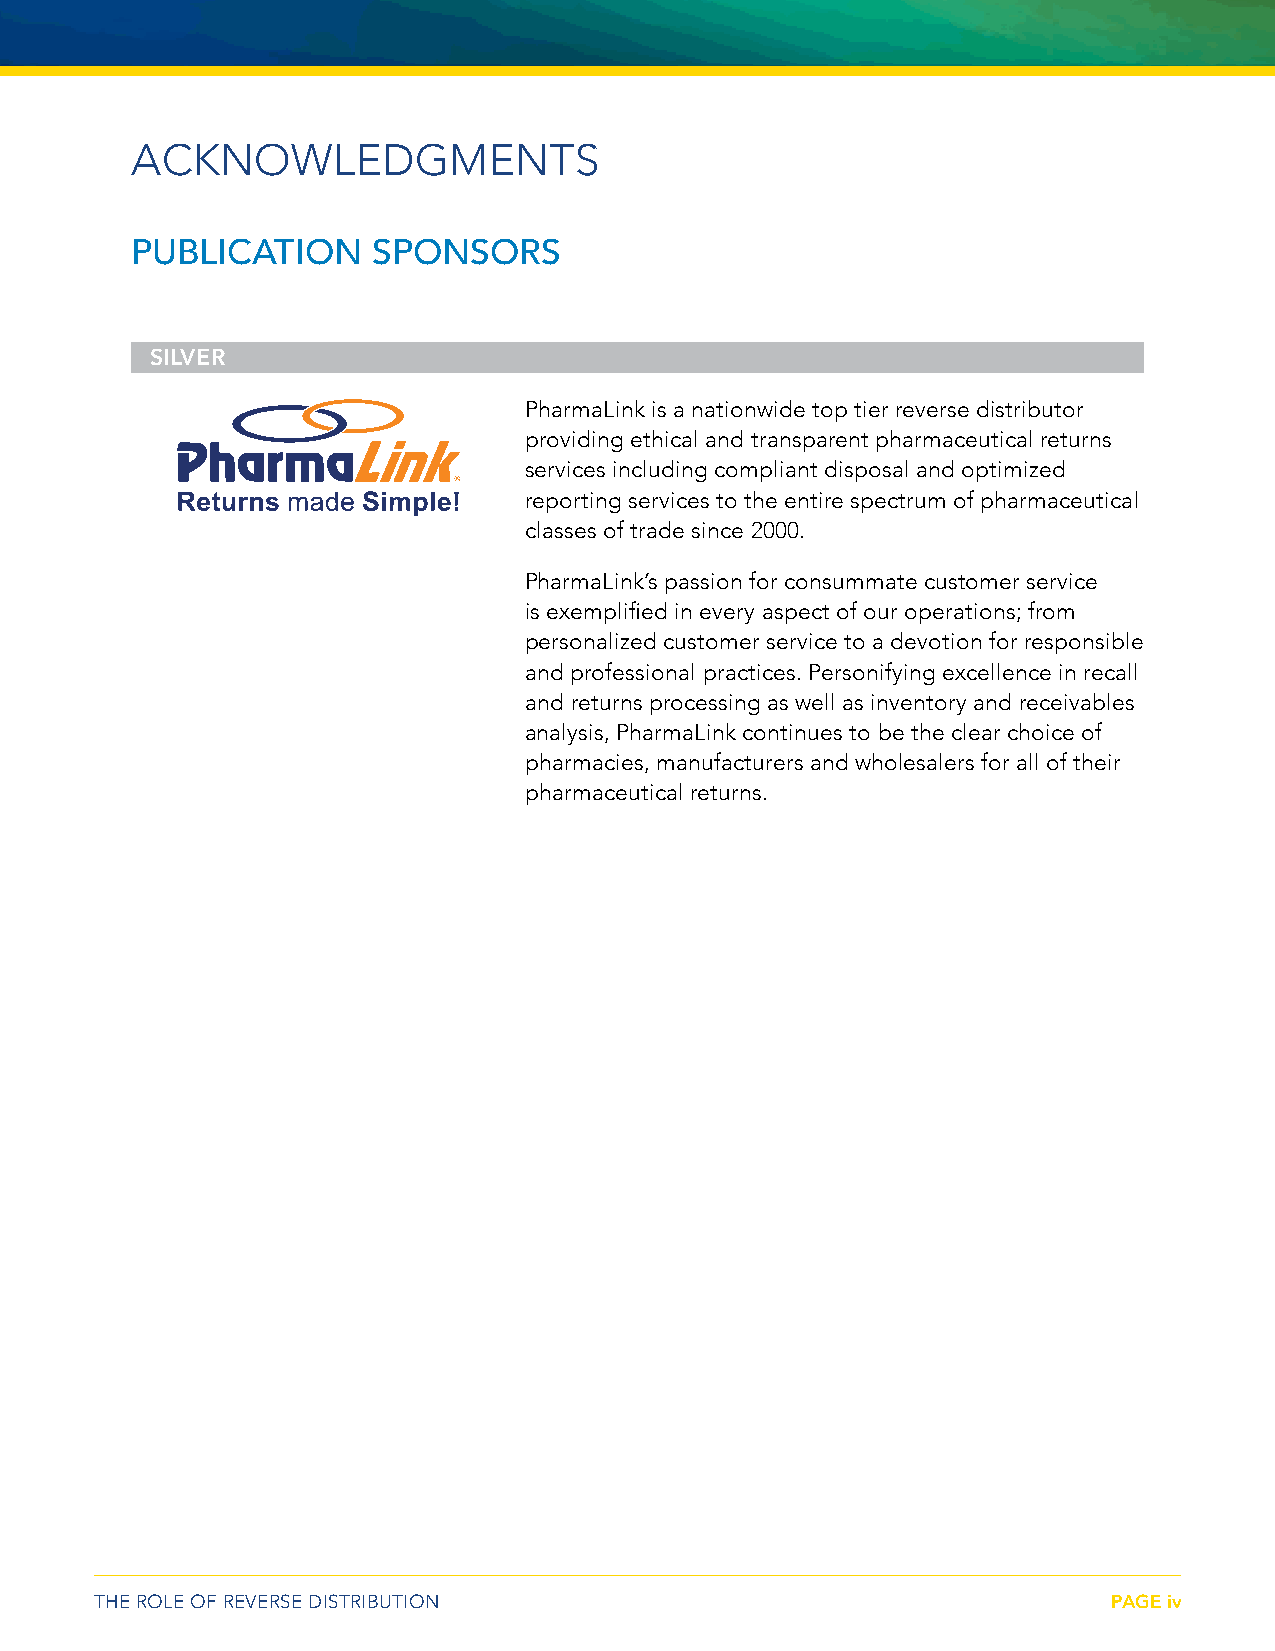
ACKNOWLEDGMENTS
 PUBLICATION     SPONSORS
 SILVER
 PharmaLink is a nationwide top tier reverse distributor
 providing ethical and transparent pharmaceutical returns
 services including compliant disposal and optimized
 reporting services to the entire spectrum of pharmaceutical
 classes of trade since 2000.
 PharmaLink’s passion for consummate customer service
 is exemplified in every aspect of our operations; from
 personalized customer service to a devotion for responsible
 and professional practices. Personifying excellence in recall
 and returns processing as well as inventory and receivables
 analysis, PharmaLink continues to be the clear choice of
 pharmacies, manufacturers and wholesalers for all of their
 pharmaceutical returns.
 THE ROLE OF REVERSE DISTRIBUTION                                    PAGE iv